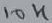
Text: 10K